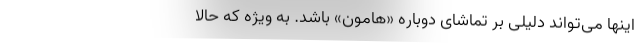
اینها می‌تواند دلیلی بر تماشای دوباره «هامون» باشد. به ویژه که حالا